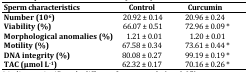
<table><thead><tr><td><b>Sperm characteristics</b></td><td><b>Control</b></td><td><b>Curcumin</b></td></tr></thead><tbody><tr><td><b>Number (10</b><sup>6</sup><b>)</b></td><td> 20.92 ± 0.14</td><td>20.96 ± 0.24</td></tr><tr><td><b>Viability (%)</b></td><td> 66.07 ± 0.51</td><td>72.96 ± 0.09 *</td></tr><tr><td><b>Morphological anomalies (%)</b></td><td>1.21 ± 0.01</td><td>1.20 ± 0.01</td></tr><tr><td><b>Motility (%)</b></td><td>67.58 ± 0.34</td><td>73.61 ± 0.44 *</td></tr><tr><td><b>DNA integrity (%)</b></td><td>80.08 ± 0.27</td><td>99.19 ± 0.19 *</td></tr><tr><td><b>TAC </b><b>(μmol L</b><sup>-1</sup><b>)</b></td><td>62.32 ± 0.17</td><td>70.16 ± 0.26 *</td></tr></tbody></table>